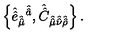
\left\{ \hat { \hat { e } } _ { \hat { \hat { \mu } } } { } ^ { \hat { \hat { a } } } , \hat { \hat { C } } _ { \hat { \hat { \mu } } \hat { \hat { \nu } } \hat { \hat { \rho } } } \right\} .